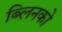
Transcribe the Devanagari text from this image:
ब्लिनको